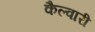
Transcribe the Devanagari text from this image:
कैल्वारी